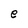
Character: e